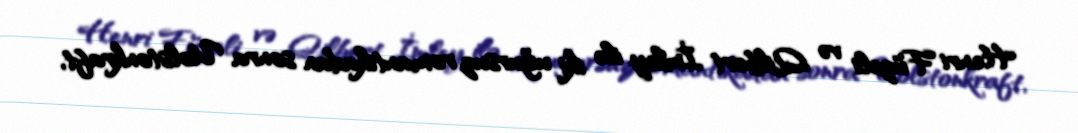
Henri Füzeli və Qilbert İmley ilə iki uğursuz romantikadan sonra Uolstonkraft,